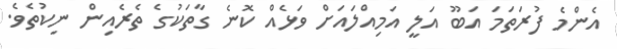
އެންމެ ފުރަތަމަ އަބޫ އަލީ އަމިއްލައަށް ވަޅެއް ކޮނެ ގާތަކުގެ ތެރެއިން ނިކުތެވެ.